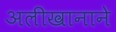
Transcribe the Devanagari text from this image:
अलीखानाने